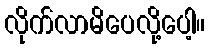
လိုက်လာမိပေလို့ပေါ့။